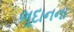
ભૂદાનના